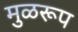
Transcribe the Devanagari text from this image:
मुळरूप